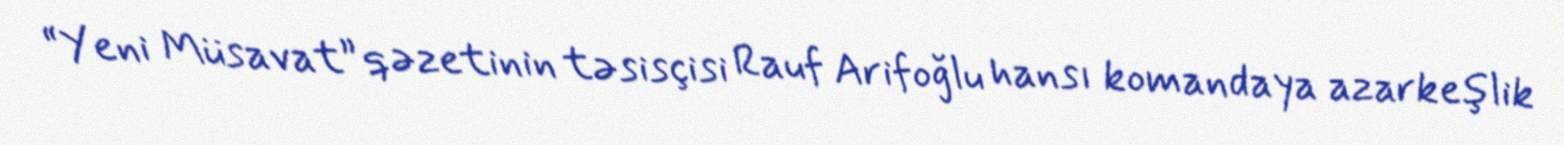
“Yeni Müsavat” qəzetinin təsisçisi Rauf Arifoğlu hansı komandaya azarkeşlik